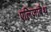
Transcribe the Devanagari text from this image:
एलिजाबैथ